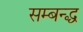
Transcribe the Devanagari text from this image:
सम्बन्द्ध